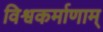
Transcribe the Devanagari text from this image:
विश्वकर्माणाम्